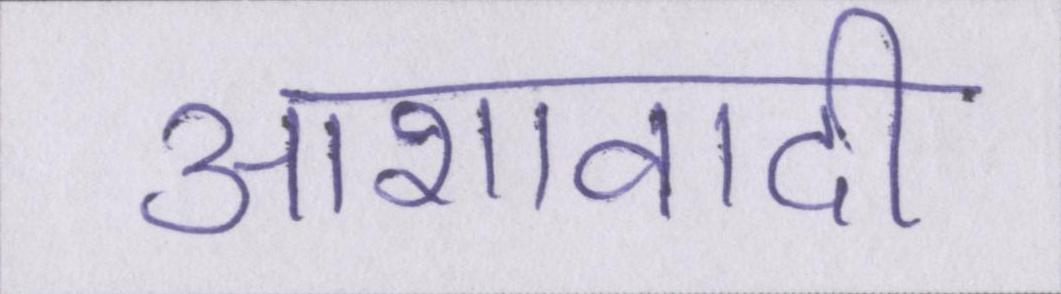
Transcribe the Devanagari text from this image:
आशावादी